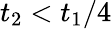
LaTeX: t_{2}<t_{1}/4